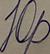
Signature authenticity: forged